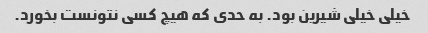
خیلی خیلی شیرین بود. به حدی که هیچ کسی نتونست بخورد.